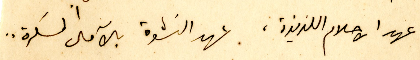
عهد الاحلام اللذيذة، عهد النشوة بالآمال المسكرة..